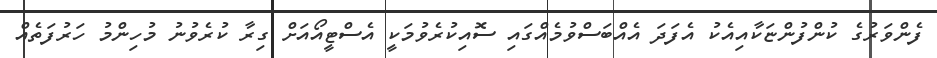
ފެންވަރުގެ ކުންފުންޏަކާއިއެކު އެފަދަ އެއްބަސްވުމެއްގައި ސޮއިކުރެވުމަކީ އެސްޓީއޯއަށް ގިރާ ކުރެވުނު މުހިންމު ހަރުފަތެއް